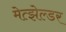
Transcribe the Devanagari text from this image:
मेत्झेल्डर